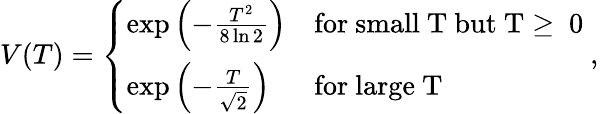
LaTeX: V(T)=\left\{ \begin{array}{ll}{{\exp\left(-\frac{T^{2}}{8\ln 2}\right)}}&{{\mathrm{for~small~T~but~T\ge~0~}}}\\ {{\exp\left(-\frac{T}{\sqrt{2}}\right)}}&{{\mathrm{for~large~T~}}}\end{array},\right.